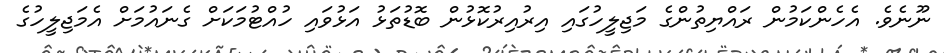
ނޫނެވެ. އެހެންކަމުން ރައްޔިތުންގެ މަޖިލީހުގައި އިރުއިރުކޮޅުން ބޮޑުތަޅު އަޅުވައި ހުއްޓުމަކަށް ގެނައުމަށް އެމަޖިލީހުގެ